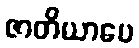
ဇာတိယာပေ